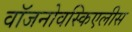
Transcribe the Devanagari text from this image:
वॉजनोवस्किएलीस